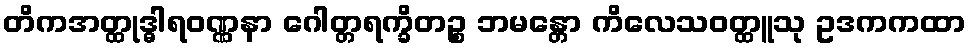
တိကအတ္ထုဒ္ဓါရဝဏ္ဏနာ ဂေါတ္တရက္ခိတဉ္စ ဘမန္တော ကိလေသဝတ္ထူသု ဥဒကကထာ